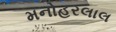
મનોહરલાલ